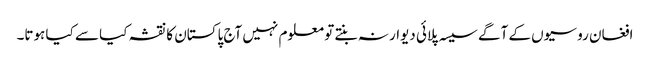
افغان روسیوں کے آگے سیسہ پلائی دیوار نہ بنتے تو معلوم نہیں آج پاکستان کا نقشہ کیا سے کیا ہوتا۔